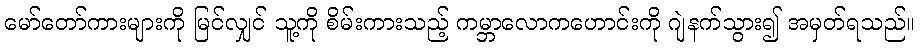
မော်တော်ကားများကို မြင်လျှင် သူ့ကို စိမ်းကားသည့် ကမ္ဘာလောကဟောင်းကို ဂျဲနက်သွား၍ အမှတ်ရသည်။